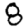
Digit: 8